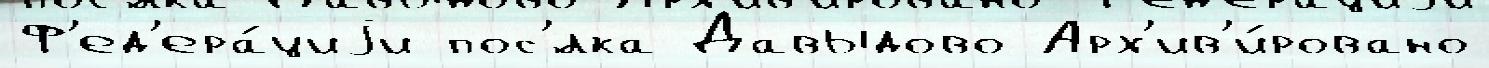
Ф'ед'ера́циjи пос'́лка Давыдово Арх'ив'и́ровано